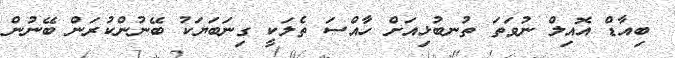
ބިއާޑް އޮއިލް ނުވަތަ ތުނބުޅިއަށް ހާއްސަ ތެލަކީ ގިނަބަޔަކު ބޭނުންކުރަން ބޭނުން